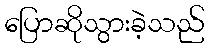
ပြောဆိုသွားခဲ့သည်